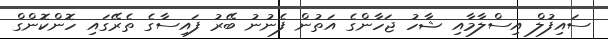
ސައިފުލް އިސްލާމާއި ޝާހު ޖަހާންގެ އަތުން ފެނުނު ބޭރު ފައިސާގެ ތެރޭގައި ހޮންކޮންގް